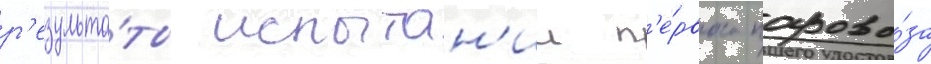
р'езульта́ты испытан'ии п'е́рвого парово́за